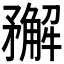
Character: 𥎎